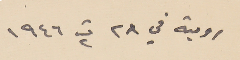
رومية في ٢٨ ت٢ ١٩٤٦